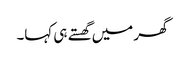
گھر میں گھستے ہی کہا۔